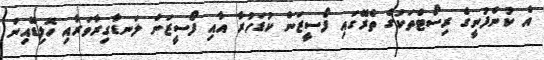
އެ ކުންފުނީގެ ރިސޯޓްތަކުގެ ތެރޭގައި ފޯސީޒަން ކުޑަހުރާ އާއި ފޯސީޒަން ލަނޑާގިރާވަރާއި ހޮލިޑޭއިން